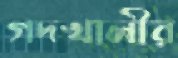
গদখালীর